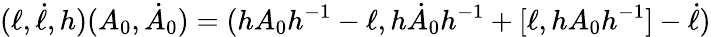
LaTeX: (\ell,\dot{\ell},h)(A_{0},\dot{A}_{0})=(hA_{0}h^{-1}-\ell,h\dot{A}_{0}h^{-1}+[\ell,hA_{0}h^{-1}]-\dot{\ell})